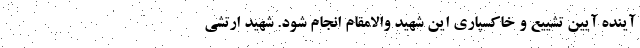
آینده آیین تشییع و خاکسپاری این شهید والامقام انجام شود. شهید ارتشی